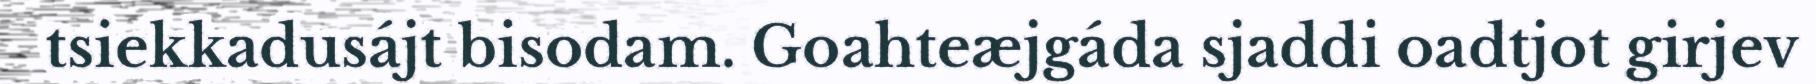
tsiekkadusájt bisodam. Goahteæjgáda sjaddi oadtjot girjev